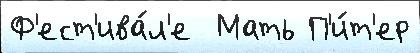
Ф'ест'ива́л'е  Мать П'и́т'ер